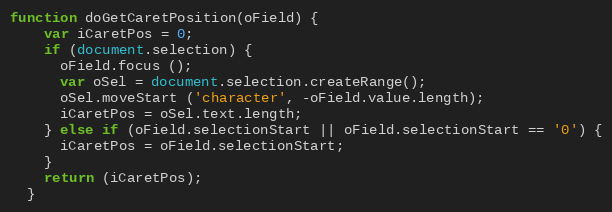
Language: JavaScript
function doGetCaretPosition(oField) {
    var iCaretPos = 0;
    if (document.selection) {
      oField.focus ();
      var oSel = document.selection.createRange();
      oSel.moveStart ('character', -oField.value.length);
      iCaretPos = oSel.text.length;
    } else if (oField.selectionStart || oField.selectionStart == '0') {
      iCaretPos = oField.selectionStart;
    }
    return (iCaretPos);
  }